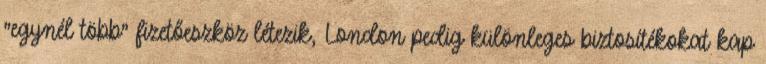
"egynél több" fizetőeszköz létezik, London pedig különleges biztosítékokat kap